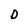
Character: D